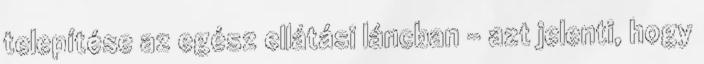
telepítése az egész ellátási láncban - azt jelenti, hogy